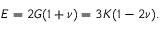
E = 2 G ( 1 + \nu ) = 3 K ( 1 - 2 \nu ) .